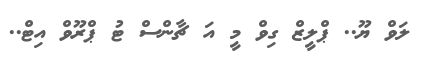
ލަވް ޔޫ.. ޕްލީޒް ގިވް މީ އަ ޗާންސް ޓު ޕްރޫވް އިޓް..